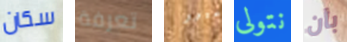
سكان تعرفة غيور نتولى بأن